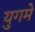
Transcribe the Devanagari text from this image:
युगमे